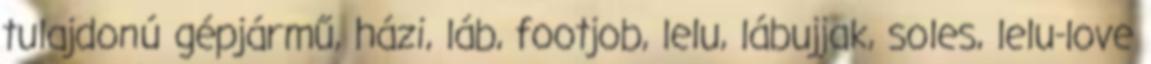
tulajdonú gépjármű, házi, láb, footjob, lelu, lábujjak, soles, lelu-love